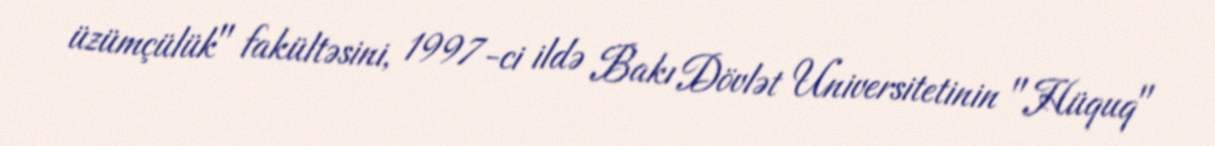
üzümçülük" fakültəsini, 1997-ci ildə Bakı Dövlət Universitetinin "Hüquq"